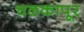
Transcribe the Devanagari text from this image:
चळकापूर